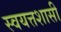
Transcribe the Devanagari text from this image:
स्वयत्तशासी